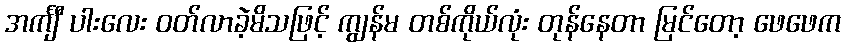
အင်္ကျီ ပါးလေး ဝတ်လာခဲ့မိသဖြင့် ကျွန်မ တစ်ကိုယ်လုံး တုန်နေတာ မြင်တော့ ဖေဖေက